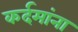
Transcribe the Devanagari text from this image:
कर्दमांना